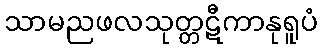
သာမညဖလသုတ္တဋီကာနုရူပံ